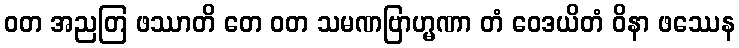
ဝတ အညတြ ဖဿာတိ တေ ဝတ သမဏဗြာဟ္မဏာ တံ ဝေဒယိတံ ဝိနာ ဖဿေန